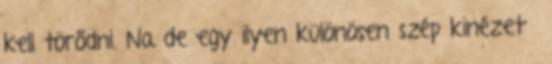
kell törődni. Na de egy ilyen különösen szép kinézetű